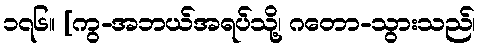
၁၇၆။ [ကွ-အဘယ်အရပ်သို့၊ ဂတော-သွားသည်၊